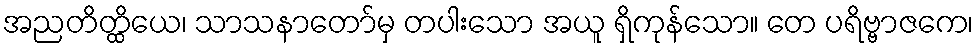
အညတိတ္ထိယေ၊ သာသနာတော်မှ တပါးသော အယူ ရှိကုန်သော။ တေ ပရိဗ္ဗာဇကေ၊